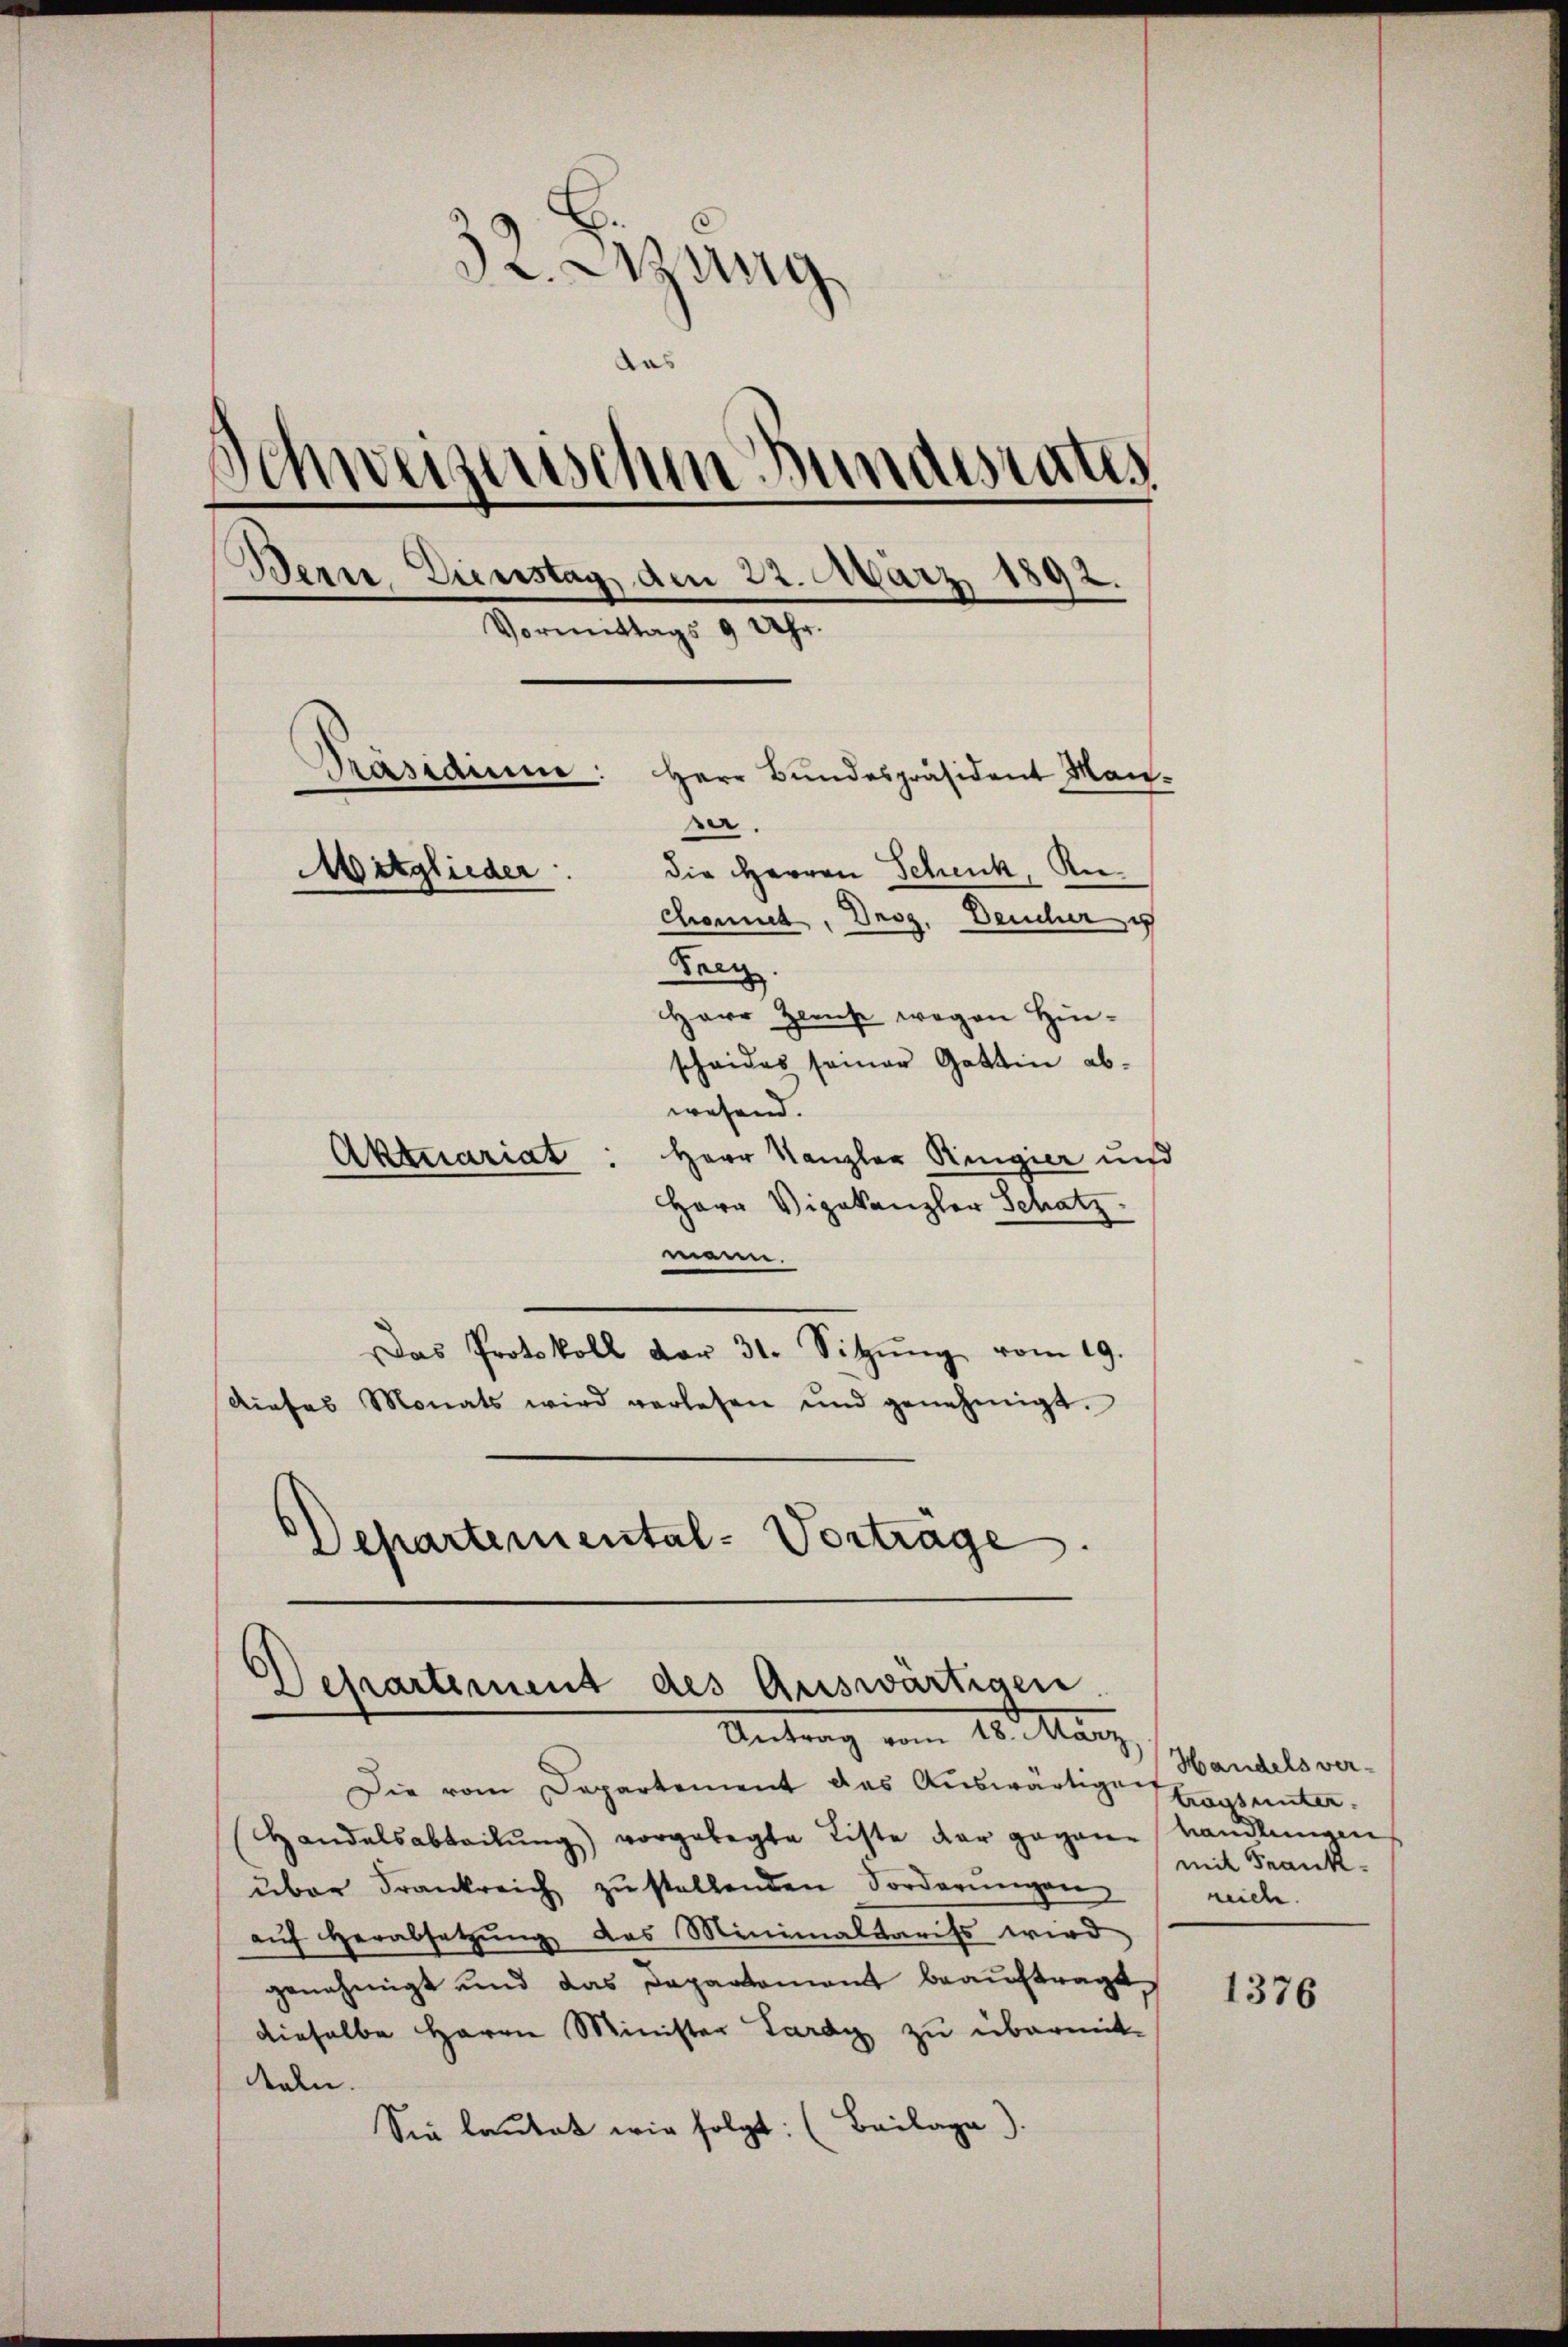
32. Sitzung
das
s
Schweizerischen Bundesrates
Bern, Dienstag, den 22. März 1892.
Vormittags 9 Uhr.
Pasidium:
Herr Bundespräsident Mane.
die HHerren Schenk, An¬
Mitglieder
Chomut, Droz. Deucher
Farg.
Herr Zweise wegen Hinscheides seiner Gattin ab¬

wesend.
Herr Kanzler Ringier und
Herr Vizekanzler Schatz.
mann.
Das Protokoll vor 31. Sitzŭng vom 19.
diefes Monats wird verlesen und genehmigt.
Departemental-Vorträge.

Aktuariat

Departement des Auswärtigen
Antrag vom 15. Manz

Die vom Departement das Auswärtigerungsunter¬
Handelsabteilŭng vorgelegte Liste der gegene Handlungen
über Frankreich zŭ stellenden Forderŭngen
aŭf herabsetzŭng das Minimaltarifs wird
genehmigt und das Departomant beaŭftragt
dieselbe Herrn Minister Lardy zu übermit-
deren.
Sie lautet wir folgt: (Beilage).

Handels vermit Frank-
reiche.

1376